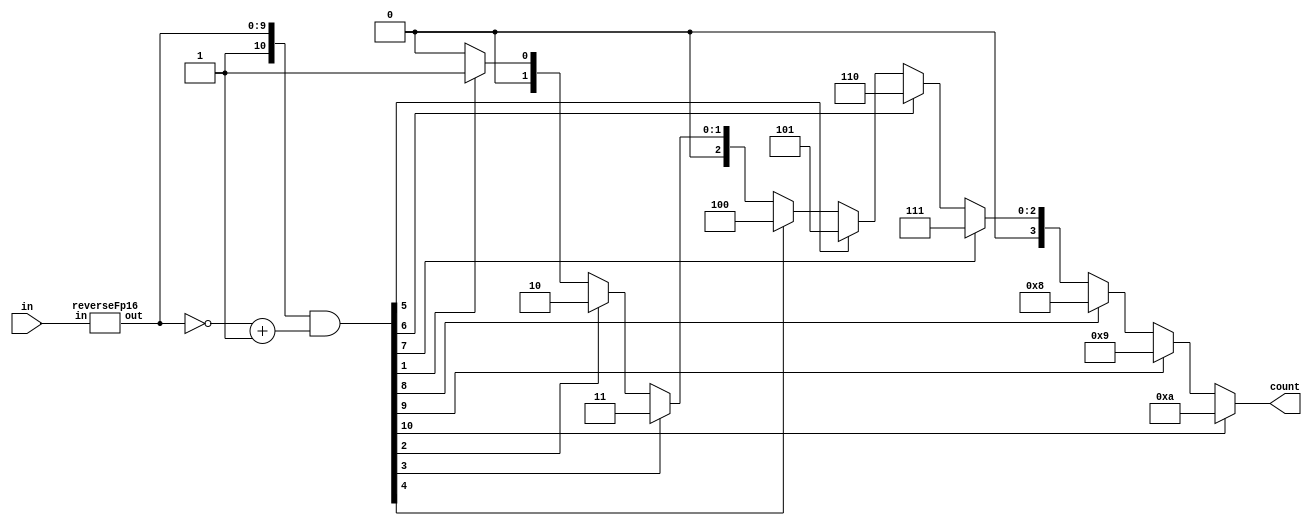
`define DEFINES_DONE
`define EXPONENT 5
`define MANTISSA 10
`define SIGN 1
`define DATAWIDTH (`SIGN+`EXPONENT+`MANTISSA)
`define IEEE_COMPLIANCE 1
`define NUM 8
`define ADDRSIZE 7
`define ADDRSIZE_FOR_TB 10
`define EXPONENT 5
`define MANTISSA 10
`define ACTUAL_MANTISSA 11
`define EXPONENT_LSB 10
`define EXPONENT_MSB 14
`define MANTISSA_LSB 0
`define MANTISSA_MSB 9
`define MANTISSA_MUL_SPLIT_LSB 3
`define MANTISSA_MUL_SPLIT_MSB 9
`define SIGN 1
`define SIGN_LOC 15
`define DWIDTH (`SIGN+`EXPONENT+`MANTISSA)
`define IEEE_COMPLIANCE 1
`define EXPONENT 5
`define MANTISSA 10
`define ACTUAL_MANTISSA 11
`define EXPONENT_LSB 10
`define EXPONENT_MSB 14
`define MANTISSA_LSB 0
`define MANTISSA_MSB 9
`define MANTISSA_MUL_SPLIT_LSB 3
`define MANTISSA_MUL_SPLIT_MSB 9
`define SIGN 1
`define SIGN_LOC 15
`define DWIDTH (`SIGN+`EXPONENT+`MANTISSA)
`define IEEE_COMPLIANCE 1
`define EXPONENT 5
`define MANTISSA 10
`define ACTUAL_MANTISSA 11
`define EXPONENT_LSB 10
`define EXPONENT_MSB 14
`define MANTISSA_LSB 0
`define MANTISSA_MSB 9
`define MANTISSA_MUL_SPLIT_LSB 3
`define MANTISSA_MUL_SPLIT_MSB 9
`define SIGN 1
`define SIGN_LOC 15
`define DWIDTH (`SIGN+`EXPONENT+`MANTISSA)
`define IEEE_COMPLIANCE 1

module countLeadingZerosfp16 #(parameter inWidth = 10, parameter countWidth = 4) (
    input [(inWidth - 1):0] in, output reg [(countWidth - 1):0] count
    );

  wire [(inWidth - 1):0] reverseIn;
  reverseFp16 reverse_in(in, reverseIn);
  wire [inWidth:0] oneLeastReverseIn =
      {1'b1, reverseIn} & ({1'b0, ~reverseIn} + 1);
		
  always@(*)
    begin
      if (oneLeastReverseIn[10] == 1)
        begin
          count = 4'd10;
        end
      else if (oneLeastReverseIn[9] == 1)
        begin
          count = 4'd9;
        end
      else if (oneLeastReverseIn[8] == 1)
        begin
          count= 4'd8;
        end
      else if (oneLeastReverseIn[7] == 1)
        begin
          count = 4'd7;
        end
      else if (oneLeastReverseIn[6] == 1)
        begin
          count = 4'd6;
        end
      else if (oneLeastReverseIn[5] == 1)
        begin
          count = 4'd5;
        end
      else if (oneLeastReverseIn[4] == 1)
        begin
          count = 4'd4;
        end
      else if (oneLeastReverseIn[3] == 1)
        begin
          count = 4'd3;
        end
      else if (oneLeastReverseIn[2] == 1)
        begin
          count = 4'd2;
        end
      else if (oneLeastReverseIn[1] == 1)
        begin
          count = 4'd1;
        end
      else
        begin
          count = 4'd0;
        end
      end

endmodule
module reverseFp16 (input [9:0] in, output [9:0] out);

   assign out[0] = in[9];
   assign out[1] = in[8];
   assign out[2] = in[7];
   assign out[3] = in[6];
   assign out[4] = in[5];
   assign out[5] = in[4];
   assign out[6] = in[3];
   assign out[7] = in[2];
   assign out[8] = in[1];
   assign out[9] = in[0];
   // genvar ix;
   // generate
   //     for (ix = 0; ix < width; ix = ix + 1) begin :Bit
   //         assign out[ix] = in[width - 1 - ix];
   //     end
   // endgenerate

endmodule